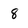
Character: 8